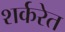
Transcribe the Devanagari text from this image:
शर्करेत